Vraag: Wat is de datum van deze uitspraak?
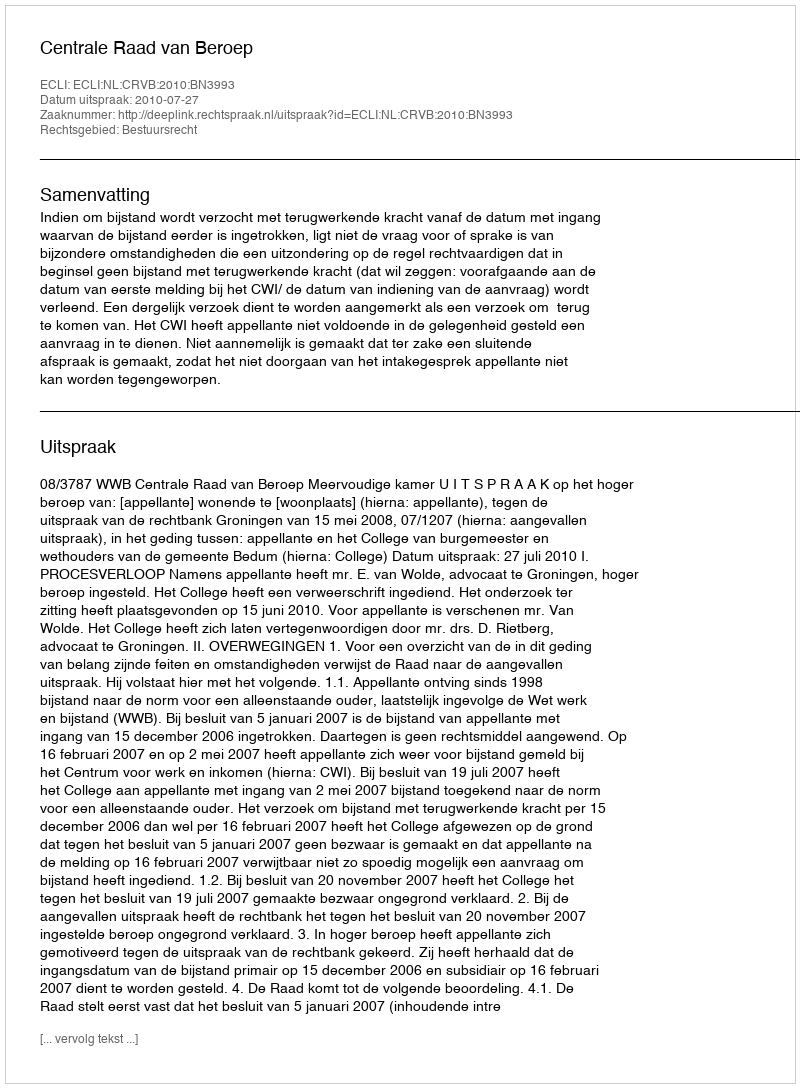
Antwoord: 2010-07-27